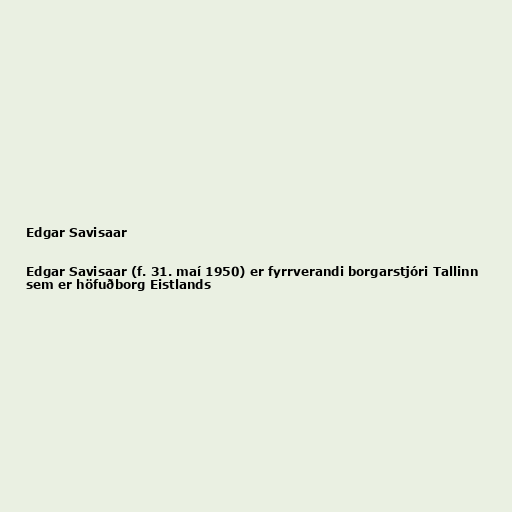
Edgar Savisaar

Edgar Savisaar (f. 31. maí 1950) er fyrrverandi borgarstjóri Tallinn
sem er höfuðborg Eistlands